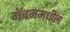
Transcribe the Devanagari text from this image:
गॅबनमधील